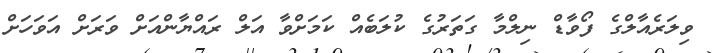
ވިލަރެއާލްގެ ފޯވާޑް ނިލްމާ ގަތަރުގެ ކުލަބެއް ކަމަށްވާ އަލް ރައްޔާންއަށް ވަރަށް އަވަހަށް